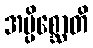
အပ္ပိစ္ဆောတိ